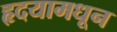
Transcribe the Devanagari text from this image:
हृदयामधून